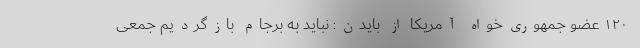
١٢٠ عضو جمهوری‌خواه آمریکا از بایدن: نباید به برجام بازگردیم جمعی